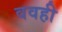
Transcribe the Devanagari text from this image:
ववही